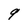
Character: q